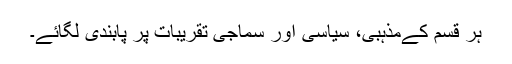
ہر قسم کےمذہبی، سیاسی اور سماجی تقریبات پر پابندی لگائے۔